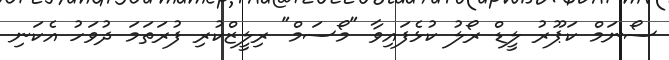
ސޯނަމް ކަޕޫރު ލީޑް ރޯލު ކުޅެފައިވާ "މޯސަމް" ރިލީޒްކުރި ފުރަތަމަ ދުވަހު އެކަނި